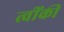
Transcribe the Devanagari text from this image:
त्वींकी